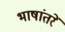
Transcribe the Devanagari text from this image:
भाषांतरें